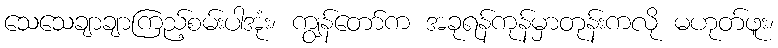
သေသေချာချာကြည့်စမ်းပါအုံး၊ ကျွန်တော်က အခုရန်ကုန်မှာတုန်းကလို မဟုတ်ဖူး၊